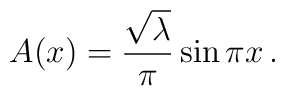
A(x) = {\sqrt\lambda\over\pi}\sin\pi x\, .